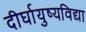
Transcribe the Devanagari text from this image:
दीर्घायुष्यविद्या